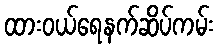
ထားဝယ်ရေနက်ဆိပ်ကမ်း